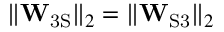
\lVert \mathbf { W } _ { \mathrm { 3 S } } \rVert _ { 2 } = \lVert \mathbf { W } _ { \mathrm { S 3 } } \rVert _ { 2 }